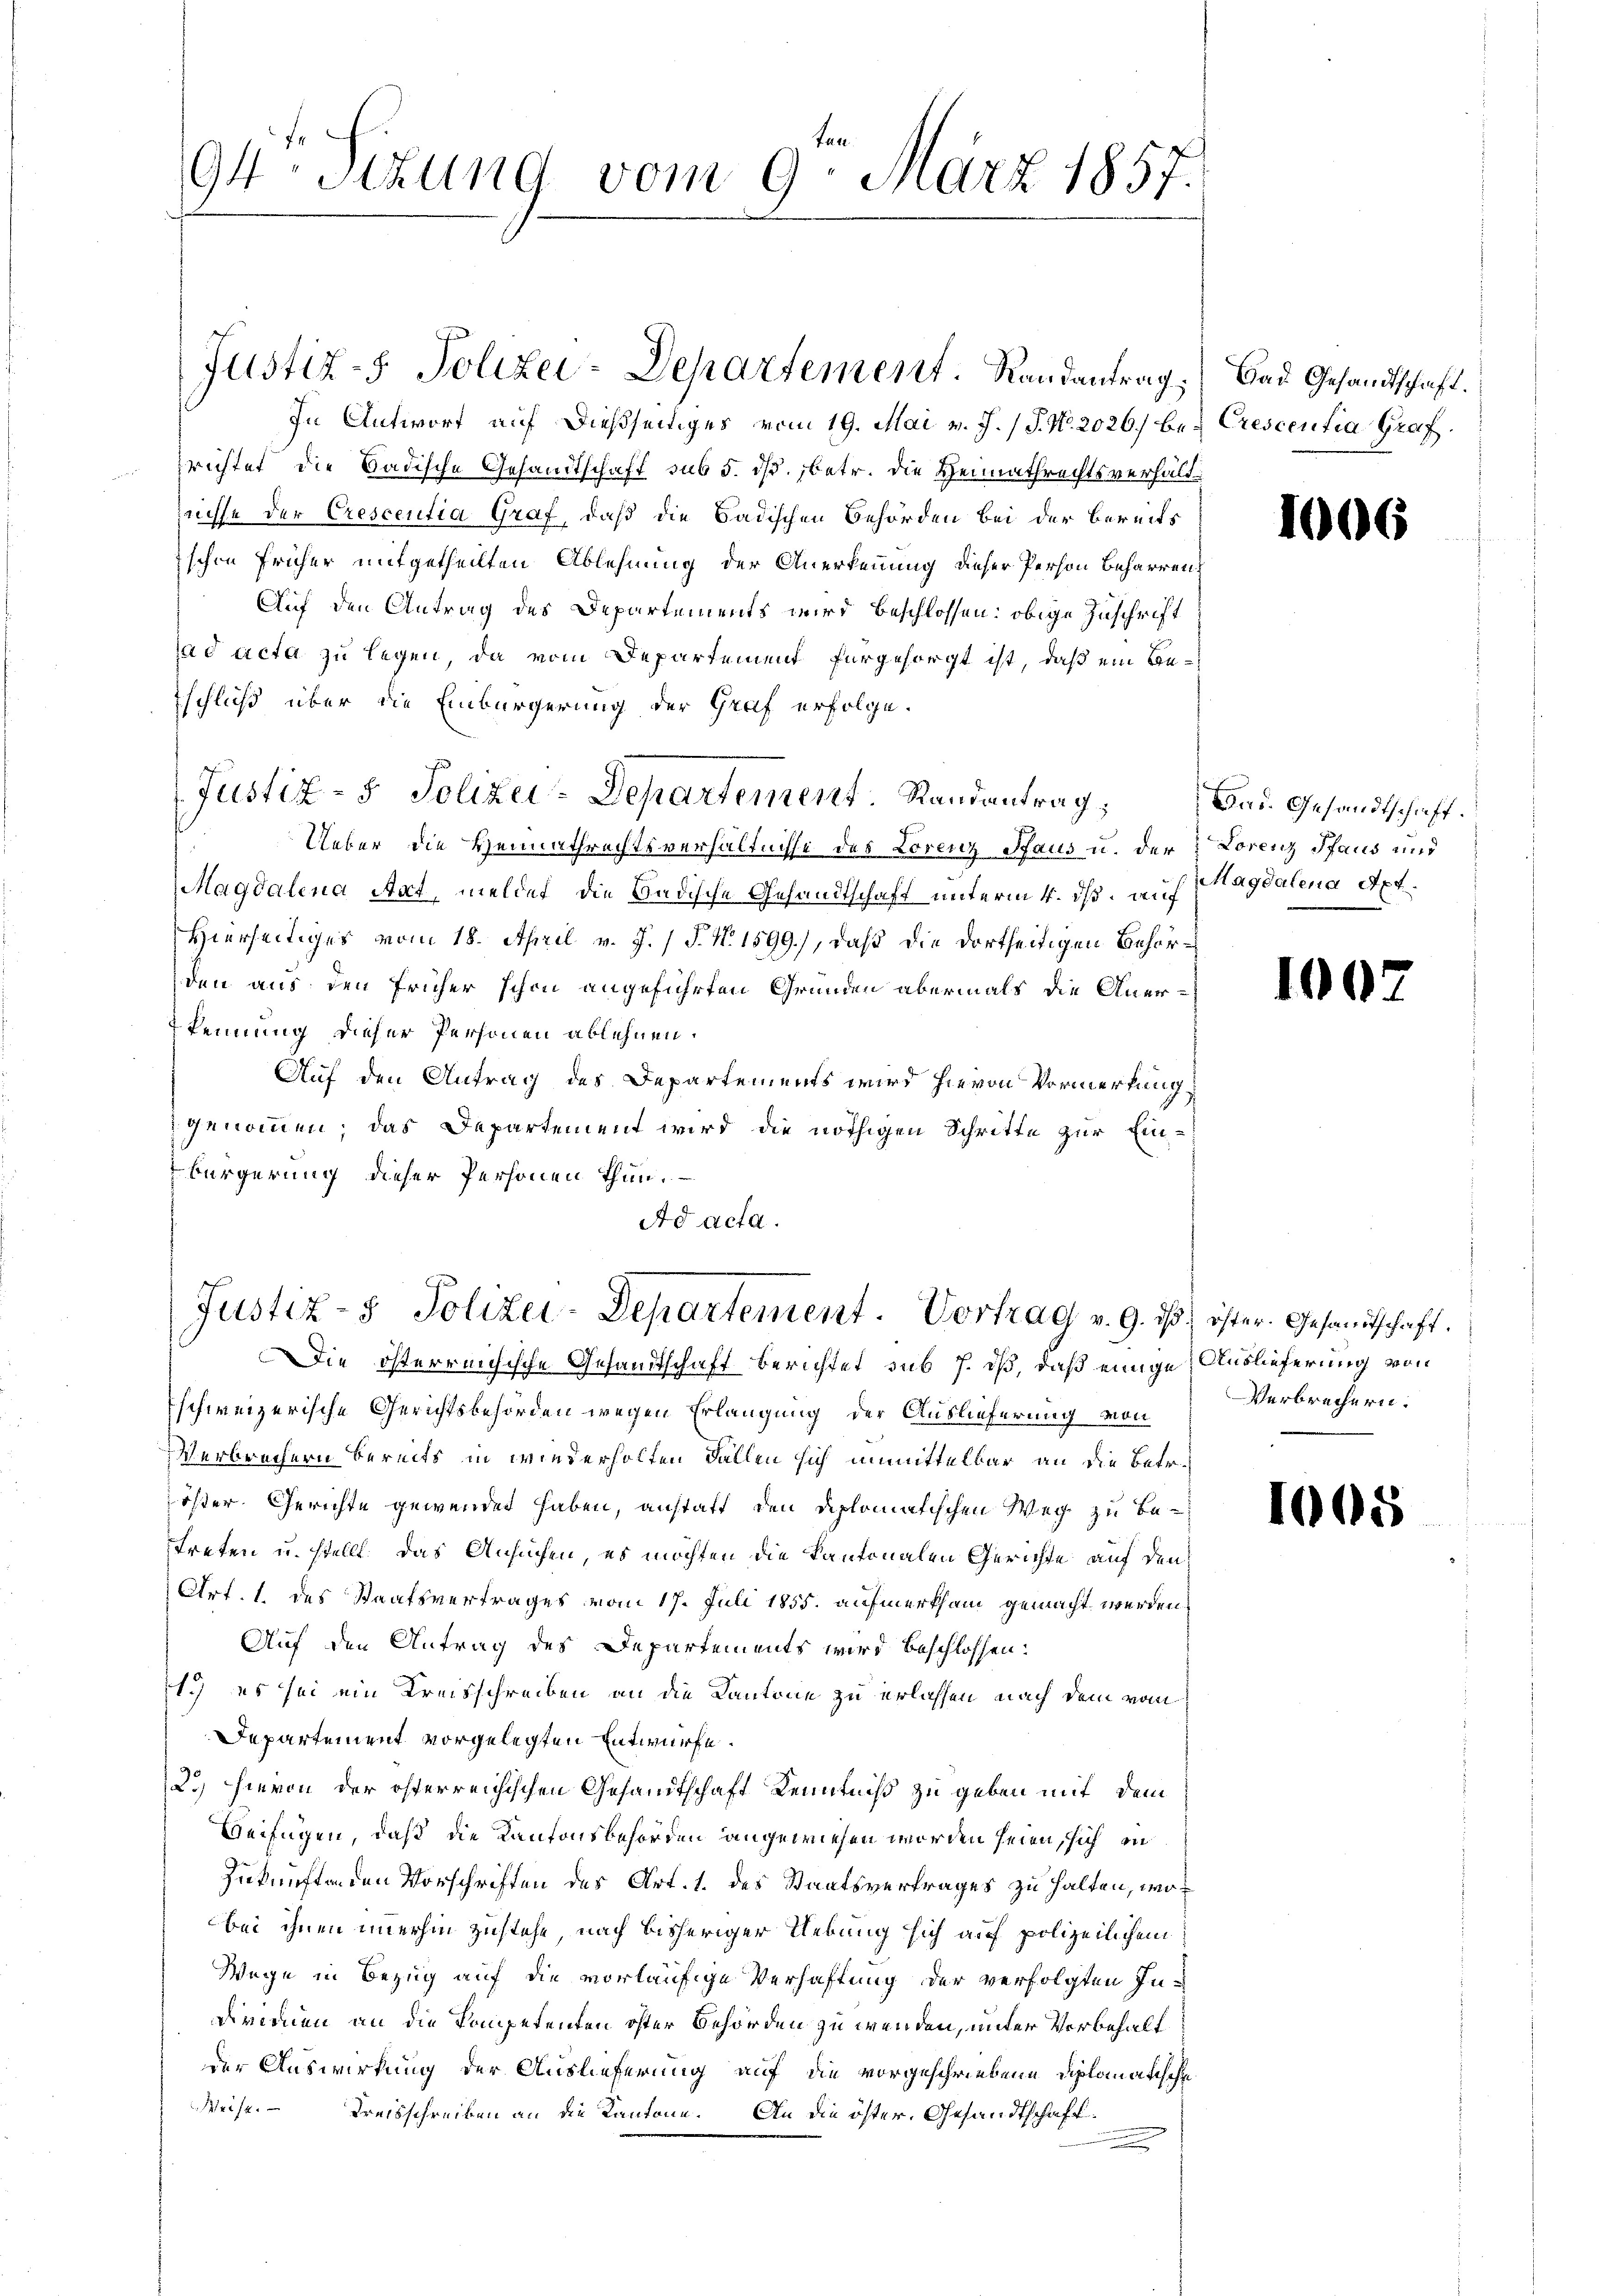
ten
94 Sitzung vom 9. März 1857.

In Antwort auf dießseitiges vom 19. Mai v. J. (T. No. 2026/ be Crescentia Graf.
richtet die Badische Gesandtschaft sub 5. ds. betr. die Heimathrechtsverhältnisse der Crescentia Graf, daß die Badischen Behörden bei der bereits
ischen früher mitgetheilten Ablehnung der Anerkennung dieser Person beharren
Auf den Antrag des Departements wird beschlossen: obige Zuschrift
ad acta zu legen, da vom Departement fürgesorgt ist, daß ein Beschluß über die Einbürgerung der Graf erfolge.
Ueber die Heimathrechtsverhältnisse des Lorenz Haus u. der Lorenz Pfaus und
Magdalena Atat, meldet, die Badische Gesandtschaft unterm 4. dß. auf Magdalena Apt.
Hierseitiges vom 18. April v. J. / P. Nr. 1599), daß die dortseitigen Behörden aus den früher schon angeführten Gründen abermals die Anerkennung dieser Personen ablehnen.
Auf den Antrag des Departements wird hievon Vormerkung
genommen; das Departement wird die nöthigen Schritte zur Ein¬
Bürgerung dieser Personen thun.
Ad acta.

Justiz- & Polizei-Departement Randantrag,

Justiz- & Polizei-Departement. Randantrag;

Justiz- & Polizei-Departement. Vortrag v. 9. ds. öster. Gesandtschaft.

Bad Gesandtschaft.

Die österreichische Gesandtschaft berichtet sub 7. dß, daß einige Auslieferung von
schweizerische Gerichtsbehörden wegen Erlangung der Auslieferung von
Verbrechern bereits in wiederholten Fallen sich unmittelbar an die Betr.
öster Gerichte gewenden haben, anstatt den diplomatischen Weg zu be-
treten u. stellt, das Ansuchen, es möchten die Kantonalen Gerichte auf den
Art. 1. des Staatsvertrages vom 17. Juli 1855. aufmerksam gemacht werden.
Auf den Antrag des Departements wird beschlossen:
t.) es sei ein Kreisschreiben an die Kantone zu erlassen nach dem vom
Departement vorgelegten Entwurfe.
2.) Hievon der öfferreichischen Gesandtschaft Kenntniß zu geben mit dem
Beifügen, daß die Kantonsbehörden angewiesen worden seien, sich in
Zukunftenden Vorschriften des Art. 1. des Staatsvertrages zu halten, wobei ihnen immerhin zustehe, nach bisheriger Uebung sich auf polizeilichem
Wege in Bezug auf die vorläufige Verhaftung der verfolgten In¬
Dirmen an die Kompetenten öster Behörden zu wenden, unter Vorbehaltder Auswirkung der Auslieferung auf die vorgeschriebene Diplomatische
Weise. – Treisschreiben an die Kantone. An die öster, Gesandtschaft¬

10

Bad. Gesandtschaft.

1

Verbrechern.

6

1008